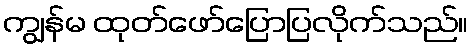
ကျွန်မ ထုတ်ဖော်ပြောပြလိုက်သည်။